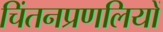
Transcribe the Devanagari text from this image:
चिंतनप्रणलियों